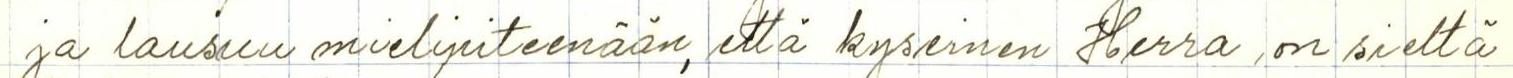
ja lausuu mielipiteenään, että kyseinen Herra on sieltä